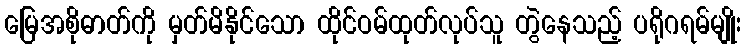
မြေအစိုဓာတ်ကို မှတ်မိနိုင်သော ထိုင်ဝမ်ထုတ်လုပ်သူ တွဲနေသည့် ပရိုဂရမ်မျိုး